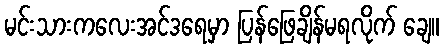
မင်းသားကလေးအင်ဒရေမှာ ပြန်ဖြေချိန်မရလိုက် ချေ။